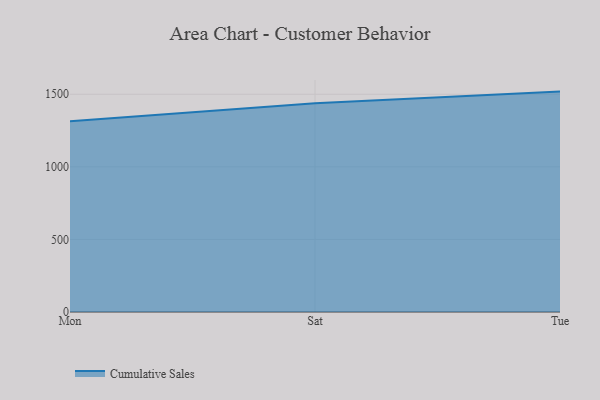
{"axis": {"x": "Day", "y": "Backlog"}, "legend": ["Cumulative Sales"], "data": [{"x": "Mon", "y": 1313.3, "type": "Cumulative Sales"}, {"x": "Sat", "y": 1438.1, "type": "Cumulative Sales"}, {"x": "Tue", "y": 1518.4, "type": "Cumulative Sales"}]}